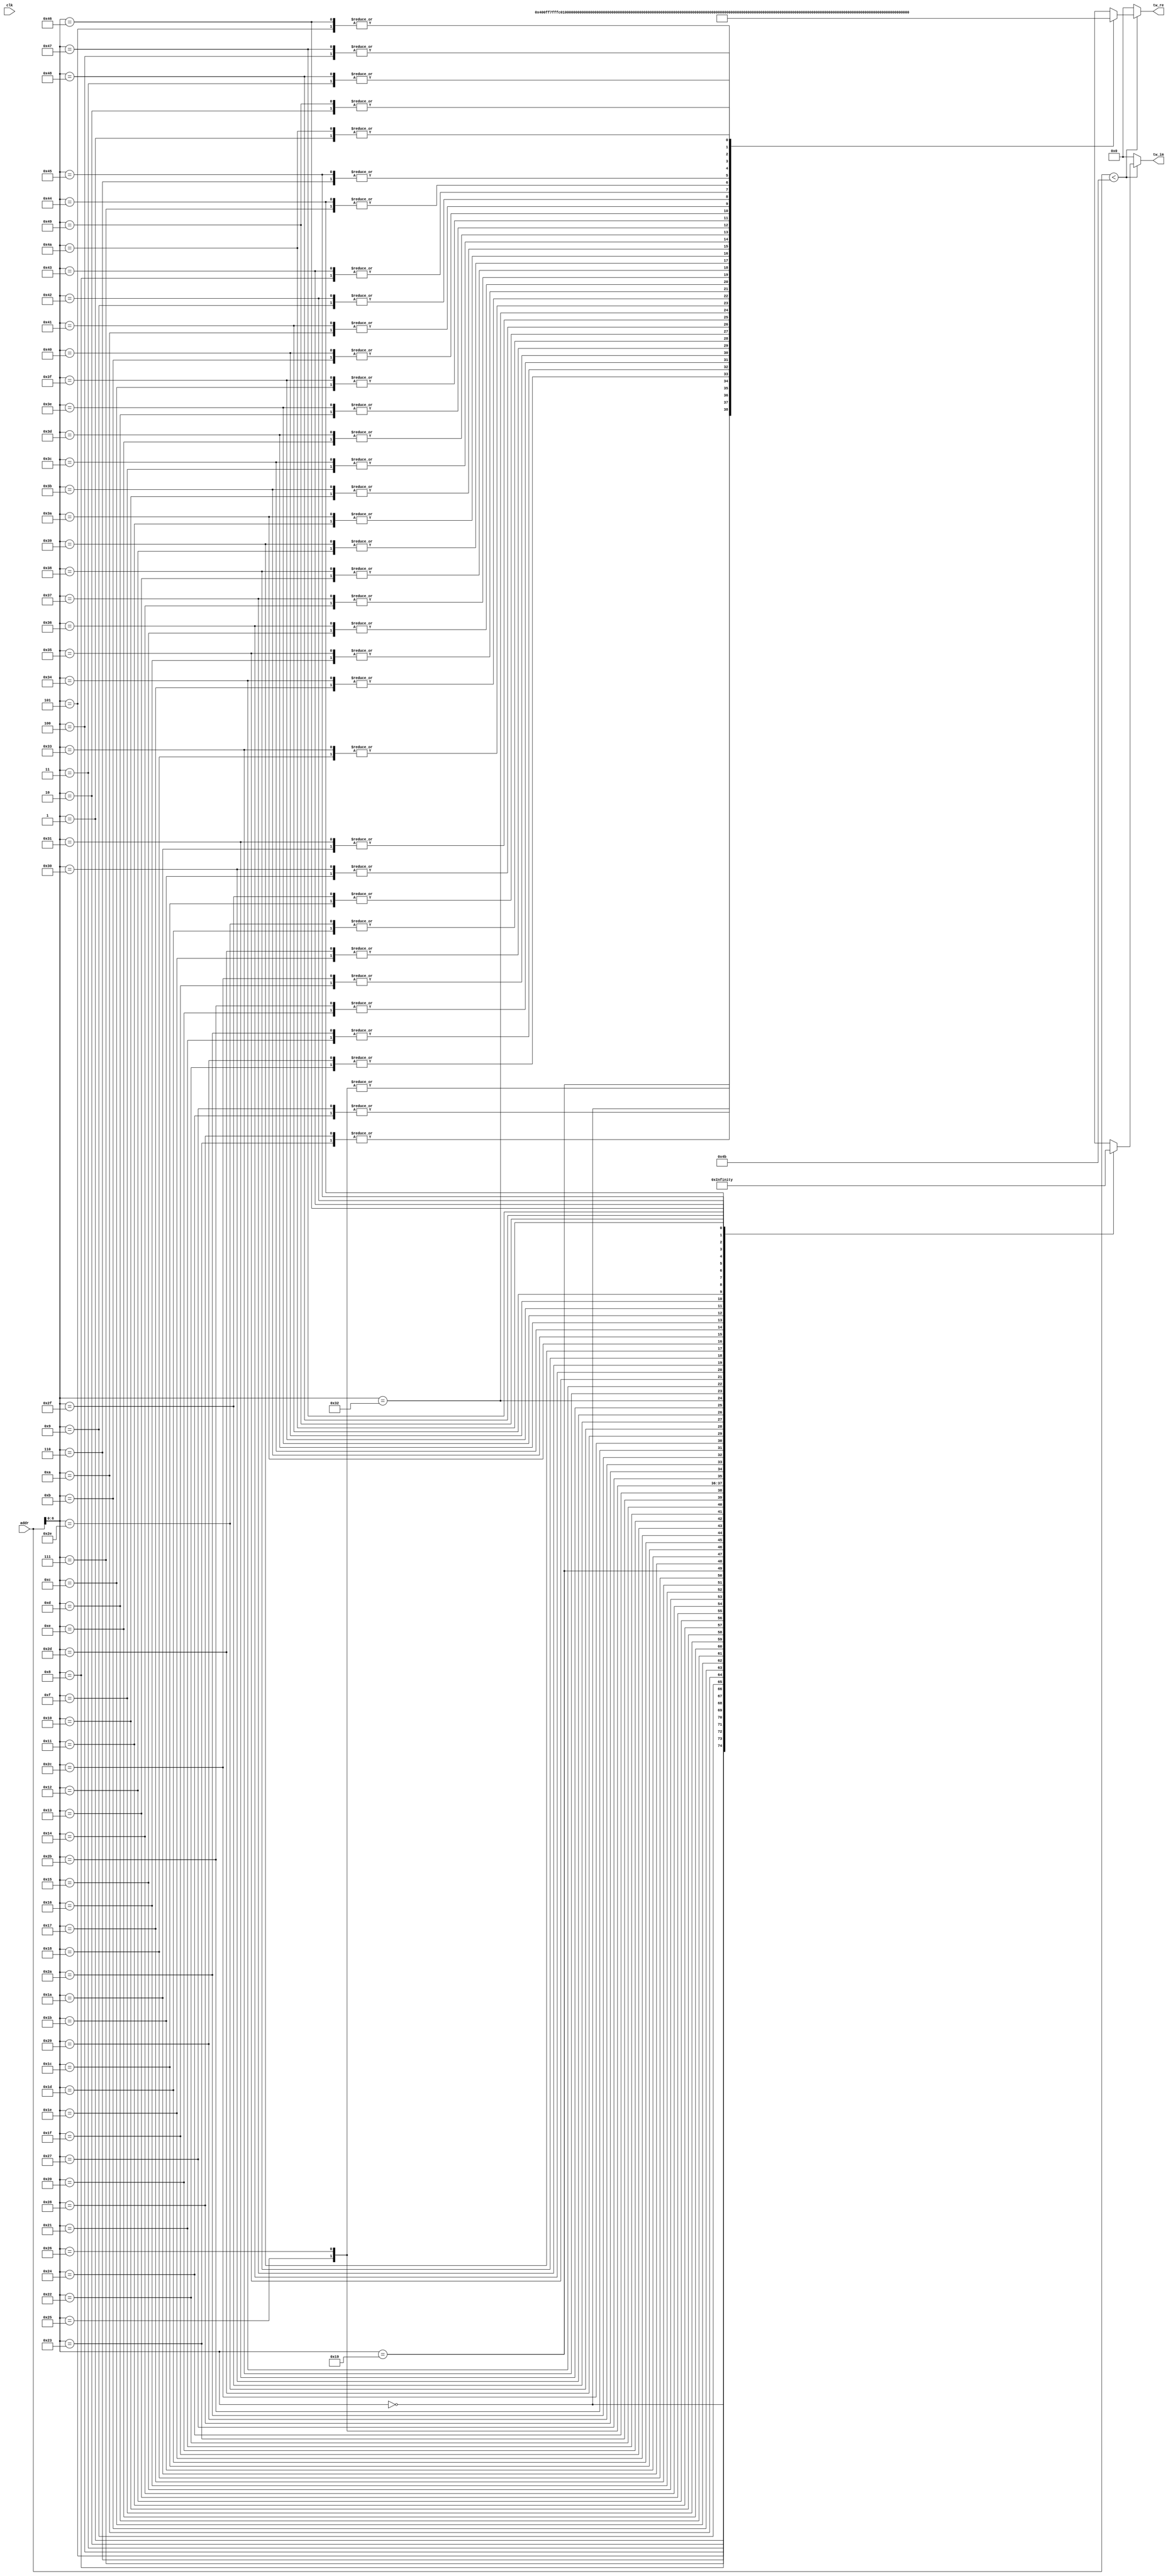
module Twiddle75 #(
    parameter   TW_FF = 0   //  Use Output Register
)(
    input           clk,  //  Master Clock
    input   [10:0]   addr,   //  Twiddle Factor Number
    output  [17:0]  tw_re,  //  Twiddle Factor (Real)
    output  [17:0]  tw_im   //  Twiddle Factor (Imag)
);

wire[17:0]  wn_re[0:74];   //  Twiddle Table (Real)
wire[17:0]  wn_im[0:74];   //  Twiddle Table (Imag)
wire[17:0]  mx_re;          //  Multiplexer output (Real)
wire[17:0]  mx_im;          //  Multiplexer output (Imag)
reg [17:0]  ff_re;          //  Register output (Real)
reg [17:0]  ff_im;          //  Register output (Imag)

assign  mx_re = addr<75 ? wn_re[addr] : 0;
assign  mx_im = addr<75 ? wn_im[addr] : 0;

always @(posedge clk) begin
    ff_re <= mx_re;
    ff_im <= mx_im;
end

assign  tw_re = TW_FF ? ff_re : mx_re;
assign  tw_im = TW_FF ? ff_im : mx_im;
assign wn_re[0] = 18'b000000010000000000; assign wn_im[0] = 18'b000000000000000000; 
assign wn_re[1] = 18'b000000001111111100; assign wn_im[1] = 18'b111111111110101010; 
assign wn_re[2] = 18'b000000001111110001; assign wn_im[2] = 18'b111111111101010101; 
assign wn_re[3] = 18'b000000001111011111; assign wn_im[3] = 18'b111111111100000001; 
assign wn_re[4] = 18'b000000001111000111; assign wn_im[4] = 18'b111111111010101111; 
assign wn_re[5] = 18'b000000001110100111; assign wn_im[5] = 18'b111111111001011111; 
assign wn_re[6] = 18'b000000001110000001; assign wn_im[6] = 18'b111111111000010010; 
assign wn_re[7] = 18'b000000001101010100; assign wn_im[7] = 18'b111111110111001001; 
assign wn_re[8] = 18'b000000001100100010; assign wn_im[8] = 18'b111111110110000011; 
assign wn_re[9] = 18'b000000001011101010; assign wn_im[9] = 18'b111111110101000011; 
assign wn_re[10] = 18'b000000001010101101; assign wn_im[10] = 18'b111111110100000111; 
assign wn_re[11] = 18'b000000001001101011; assign wn_im[11] = 18'b111111110011010000; 
assign wn_re[12] = 18'b000000001000100100; assign wn_im[12] = 18'b111111110010011111; 
assign wn_re[13] = 18'b000000000111011010; assign wn_im[13] = 18'b111111110001110100; 
assign wn_re[14] = 18'b000000000110001100; assign wn_im[14] = 18'b111111110001010000; 
assign wn_re[15] = 18'b000000000100111100; assign wn_im[15] = 18'b111111110000110010; 
assign wn_re[16] = 18'b000000000011101001; assign wn_im[16] = 18'b111111110000011011; 
assign wn_re[17] = 18'b000000000010010101; assign wn_im[17] = 18'b111111110000001010; 
assign wn_re[18] = 18'b000000000001000000; assign wn_im[18] = 18'b111111110000000010; 
assign wn_re[19] = 18'b111111111111101010; assign wn_im[19] = 18'b111111110000000000; 
assign wn_re[20] = 18'b111111111110010100; assign wn_im[20] = 18'b111111110000000101; 
assign wn_re[21] = 18'b111111111101000000; assign wn_im[21] = 18'b111111110000010010; 
assign wn_re[22] = 18'b111111111011101100; assign wn_im[22] = 18'b111111110000100101; 
assign wn_re[23] = 18'b111111111010011011; assign wn_im[23] = 18'b111111110001000000; 
assign wn_re[24] = 18'b111111111001001100; assign wn_im[24] = 18'b111111110001100001; 
assign wn_re[25] = 18'b111111110111111111; assign wn_im[25] = 18'b111111110010001001; 
assign wn_re[26] = 18'b111111110110110111; assign wn_im[26] = 18'b111111110010110111; 
assign wn_re[27] = 18'b111111110101110011; assign wn_im[27] = 18'b111111110011101010; 
assign wn_re[28] = 18'b111111110100110011; assign wn_im[28] = 18'b111111110100100100; 
assign wn_re[29] = 18'b111111110011111000; assign wn_im[29] = 18'b111111110101100010; 
assign wn_re[30] = 18'b111111110011000011; assign wn_im[30] = 18'b111111110110100110; 
assign wn_re[31] = 18'b111111110010010100; assign wn_im[31] = 18'b111111110111101101; 
assign wn_re[32] = 18'b111111110001101010; assign wn_im[32] = 18'b111111111000111000; 
assign wn_re[33] = 18'b111111110001000111; assign wn_im[33] = 18'b111111111010000111; 
assign wn_re[34] = 18'b111111110000101011; assign wn_im[34] = 18'b111111111011011000; 
assign wn_re[35] = 18'b111111110000010110; assign wn_im[35] = 18'b111111111100101011; 
assign wn_re[36] = 18'b111111110000001000; assign wn_im[36] = 18'b111111111101111111; 
assign wn_re[37] = 18'b111111110000000000; assign wn_im[37] = 18'b111111111111010101; 
assign wn_re[38] = 18'b111111110000000000; assign wn_im[38] = 18'b000000000000101010; 
assign wn_re[39] = 18'b111111110000001000; assign wn_im[39] = 18'b000000000010000000; 
assign wn_re[40] = 18'b111111110000010110; assign wn_im[40] = 18'b000000000011010100; 
assign wn_re[41] = 18'b111111110000101011; assign wn_im[41] = 18'b000000000100100111; 
assign wn_re[42] = 18'b111111110001000111; assign wn_im[42] = 18'b000000000101111000; 
assign wn_re[43] = 18'b111111110001101010; assign wn_im[43] = 18'b000000000111000111; 
assign wn_re[44] = 18'b111111110010010100; assign wn_im[44] = 18'b000000001000010010; 
assign wn_re[45] = 18'b111111110011000011; assign wn_im[45] = 18'b000000001001011001; 
assign wn_re[46] = 18'b111111110011111000; assign wn_im[46] = 18'b000000001010011101; 
assign wn_re[47] = 18'b111111110100110011; assign wn_im[47] = 18'b000000001011011011; 
assign wn_re[48] = 18'b111111110101110011; assign wn_im[48] = 18'b000000001100010101; 
assign wn_re[49] = 18'b111111110110110111; assign wn_im[49] = 18'b000000001101001000; 
assign wn_re[50] = 18'b111111111000000000; assign wn_im[50] = 18'b000000001101110110; 
assign wn_re[51] = 18'b111111111001001100; assign wn_im[51] = 18'b000000001110011110; 
assign wn_re[52] = 18'b111111111010011011; assign wn_im[52] = 18'b000000001110111111; 
assign wn_re[53] = 18'b111111111011101100; assign wn_im[53] = 18'b000000001111011010; 
assign wn_re[54] = 18'b111111111101000000; assign wn_im[54] = 18'b000000001111101101; 
assign wn_re[55] = 18'b111111111110010100; assign wn_im[55] = 18'b000000001111111010; 
assign wn_re[56] = 18'b111111111111101010; assign wn_im[56] = 18'b000000001111111111; 
assign wn_re[57] = 18'b000000000001000000; assign wn_im[57] = 18'b000000001111111101; 
assign wn_re[58] = 18'b000000000010010101; assign wn_im[58] = 18'b000000001111110101; 
assign wn_re[59] = 18'b000000000011101001; assign wn_im[59] = 18'b000000001111100100; 
assign wn_re[60] = 18'b000000000100111100; assign wn_im[60] = 18'b000000001111001101; 
assign wn_re[61] = 18'b000000000110001100; assign wn_im[61] = 18'b000000001110101111; 
assign wn_re[62] = 18'b000000000111011010; assign wn_im[62] = 18'b000000001110001011; 
assign wn_re[63] = 18'b000000001000100100; assign wn_im[63] = 18'b000000001101100000; 
assign wn_re[64] = 18'b000000001001101011; assign wn_im[64] = 18'b000000001100101111; 
assign wn_re[65] = 18'b000000001010101101; assign wn_im[65] = 18'b000000001011111000; 
assign wn_re[66] = 18'b000000001011101010; assign wn_im[66] = 18'b000000001010111100; 
assign wn_re[67] = 18'b000000001100100010; assign wn_im[67] = 18'b000000001001111100; 
assign wn_re[68] = 18'b000000001101010100; assign wn_im[68] = 18'b000000001000110110; 
assign wn_re[69] = 18'b000000001110000001; assign wn_im[69] = 18'b000000000111101101; 
assign wn_re[70] = 18'b000000001110100111; assign wn_im[70] = 18'b000000000110100000; 
assign wn_re[71] = 18'b000000001111000111; assign wn_im[71] = 18'b000000000101010000; 
assign wn_re[72] = 18'b000000001111011111; assign wn_im[72] = 18'b000000000011111110; 
assign wn_re[73] = 18'b000000001111110001; assign wn_im[73] = 18'b000000000010101010; 
assign wn_re[74] = 18'b000000001111111100; assign wn_im[74] = 18'b000000000001010101; 

endmodule